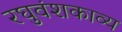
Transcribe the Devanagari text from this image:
रघुवंशकाव्य